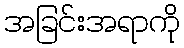
အခြင်းအရာကို